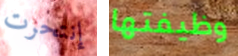
إنتحرت وظيفتها